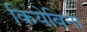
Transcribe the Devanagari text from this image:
कियेबिना